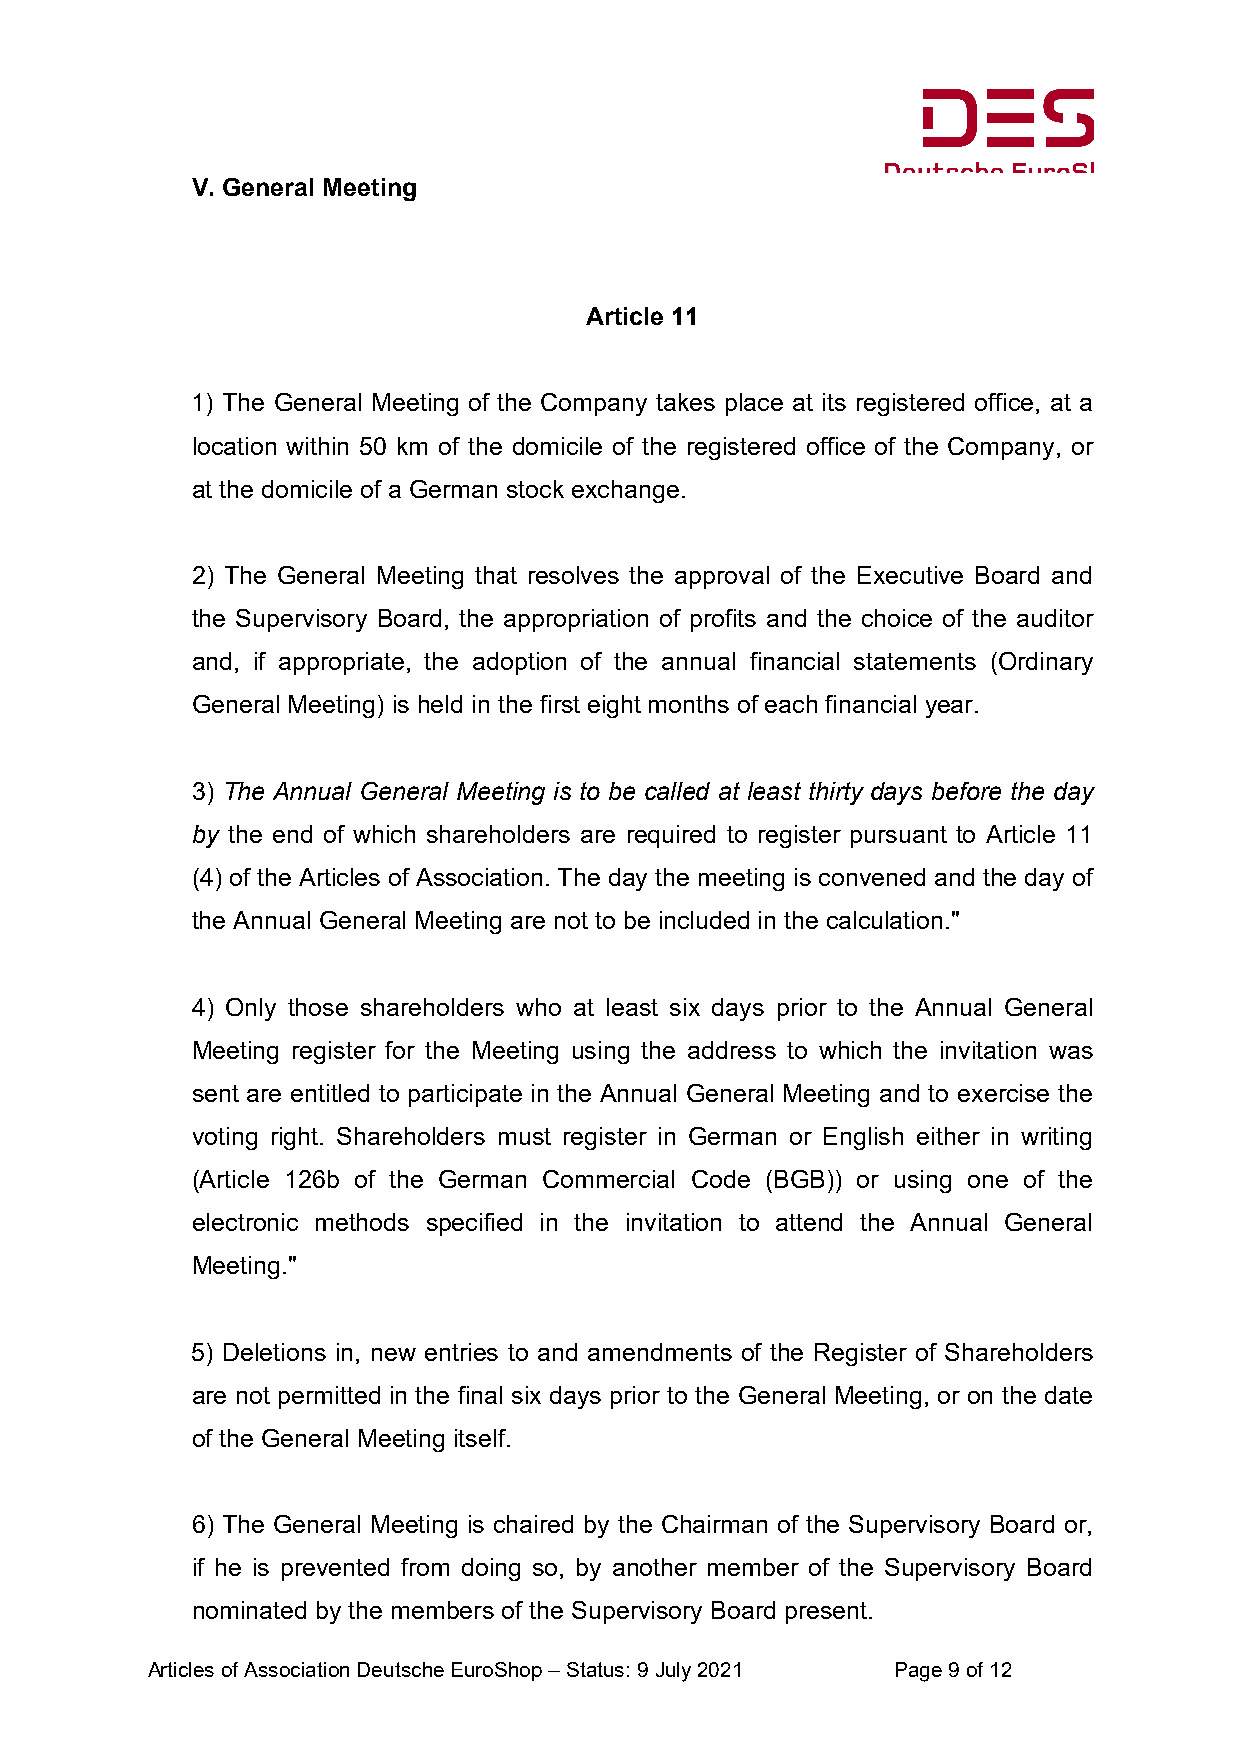
V. General Meeting
 Article 11
 1) The General Meeting of the Company takes place at its registered office, at a
 location within 50 km of the domicile of the registered office of the Company, or
 at the domicile of a German stock exchange.
 2) The General Meeting that resolves the approval of the Executive Board and
 the Supervisory Board, the appropriation of profits and the choice of the auditor
 and, if appropriate, the adoption of the annual financial statements (Ordinary
 General Meeting) is held in the first eight months of each financial year.
 3) The Annual General Meeting is to be called at least thirty days before the day
 by the end of which shareholders are required to register pursuant to Article 11
 (4) of the Articles of Association. The day the meeting is convened and the day of
 the Annual General Meeting are not to be included in the calculation."
 4) Only those shareholders who at least six days prior to the Annual General
 Meeting register for the Meeting using the address to which the invitation was
 sent are entitled to participate in the Annual General Meeting and to exercise the
 voting right. Shareholders must register in German or English either in writing
 (Article 126b of the German Commercial Code (BGB)) or using one of the
 electronic methods specified in the invitation to attend the Annual General
 Meeting."
 5) Deletions in, new entries to and amendments of the Register of Shareholders
 are not permitted in the final six days prior to the General Meeting, or on the date
 of the General Meeting itself.
 6) The General Meeting is chaired by the Chairman of the Supervisory Board or,
 if he is prevented from doing so, by another member of the Supervisory Board
 nominated by the members of the Supervisory Board present.
 Articles of Association Deutsche EuroShop – Status: 9 July 2021 Page 9 of 12